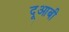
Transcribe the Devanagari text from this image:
दूआबी